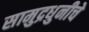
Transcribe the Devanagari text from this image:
सामुद्रधुनीचे